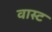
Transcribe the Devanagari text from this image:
वास्ट